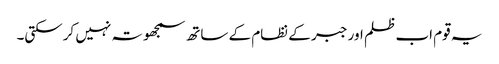
یہ قوم اب ظلم اور جبر کے نظام کے ساتھ سمجھوتہ نہیں کرسکتی۔